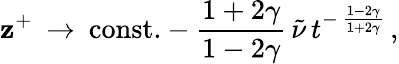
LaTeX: \mathbf{z}^{+}\: \rightarrow\: \mathrm{{const.}}-\frac{{1+2\gamma}}{{1-2\gamma}}\, \tilde{{\nu}}\, t^{-\, \frac{{1-2\gamma}}{{1+2\gamma}}}\, ,